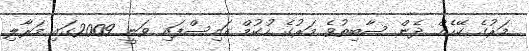
މަރުގެ ކޭހެއް ދެން ސާބިތުވެ މަރުގެ ހުކުމް އައިސްފައި ވަނީ 2009ގައި މަރާލި